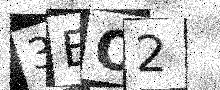
Text: 3EO2